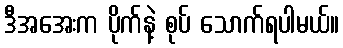
ဒီအအေးက ပိုက်နဲ့ စုပ် သောက်ရပါမယ်။